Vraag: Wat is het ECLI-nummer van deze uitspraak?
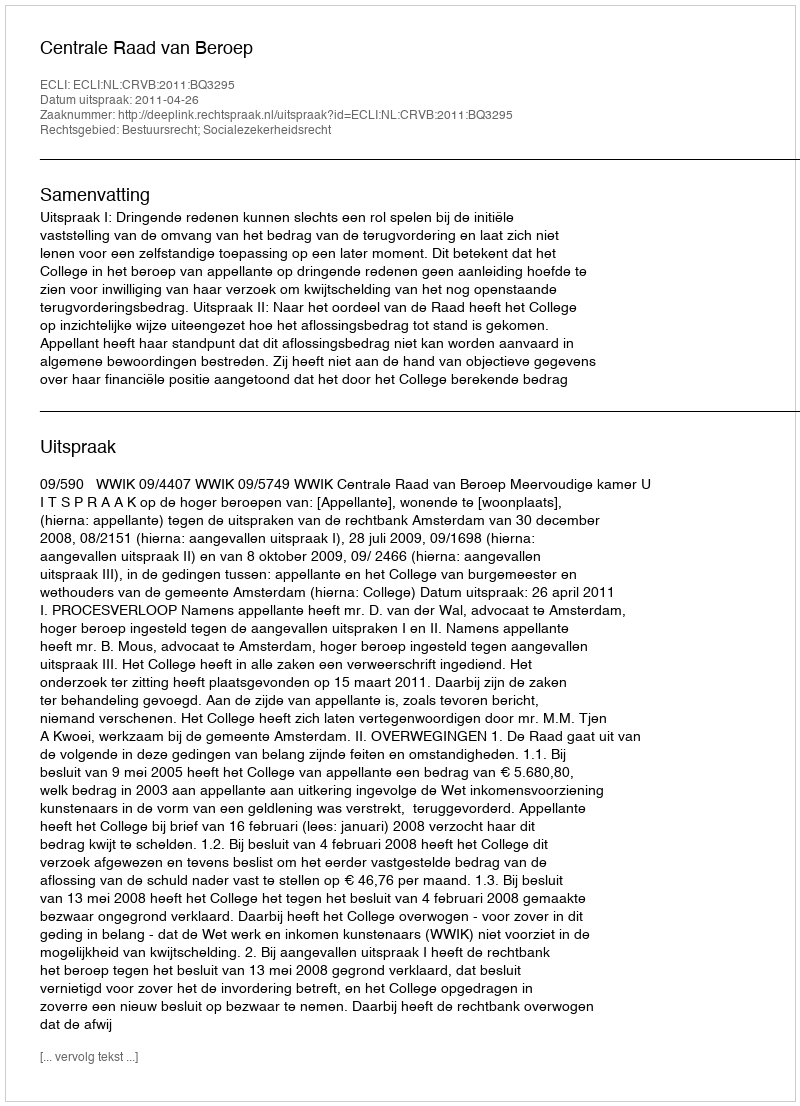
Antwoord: ECLI:NL:CRVB:2011:BQ3295